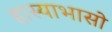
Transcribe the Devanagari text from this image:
हास्याभासो